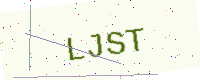
Text: LJST